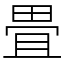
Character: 畳